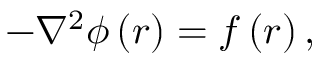
- \nabla ^ { 2 } \phi \left( \boldsymbol { r } \right) = f \left( \boldsymbol { r } \right) ,